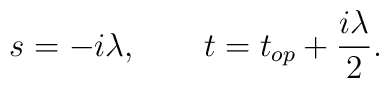
s=-i\lambda,\qquad t= t_{op} +{i\lambda\over 2}.